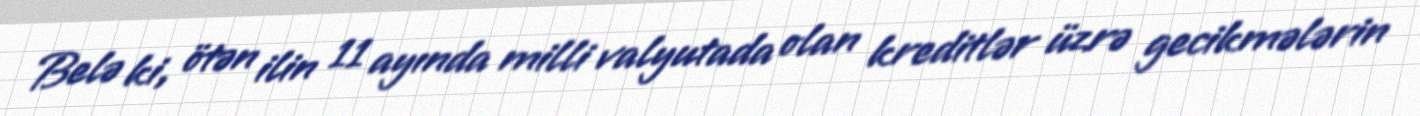
Belə ki, ötən ilin 11 ayında milli valyutada olan kreditlər üzrə gecikmələrin